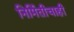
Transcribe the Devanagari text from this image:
निर्मितीचाही